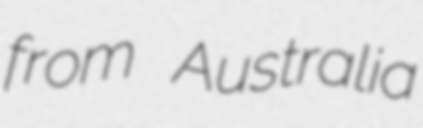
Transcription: from Australia